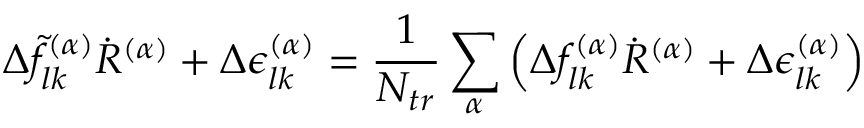
\Delta \tilde { f } _ { l k } ^ { ( \alpha ) } \dot { R } ^ { ( \alpha ) } + \Delta \epsilon _ { l k } ^ { ( \alpha ) } = \frac { 1 } { N _ { t r } } \sum _ { \alpha } \left( \Delta f _ { l k } ^ { ( \alpha ) } \dot { R } ^ { ( \alpha ) } + \Delta \epsilon _ { l k } ^ { ( \alpha ) } \right)